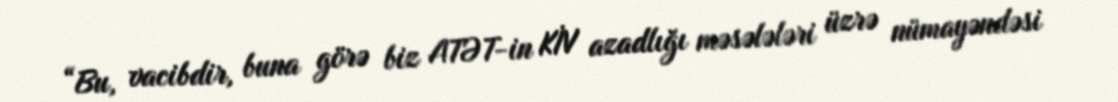
“Bu, vacibdir, buna görə biz ATƏT-in KİV azadlığı məsələləri üzrə nümayəndəsi